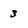
Character: 3